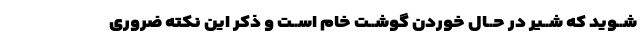
شــوید که شــیر در حــال خوردن گوشــت خام اســت و ذکر این نکته ضرورى